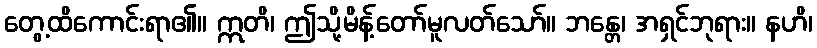
တွေ့ထိကောင်းရာ၏။ ဣတိ၊ ဤသို့မိန့်တော်မူလတ်သော်။ ဘန္တေ၊ အရှင်ဘုရား။ နဟိ၊